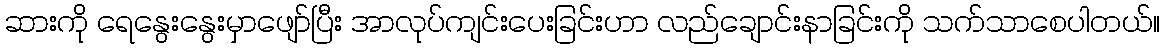
ဆားကို ရေနွေးနွေးမှာဖျော်ပြီး အာလုပ်ကျင်းပေးခြင်းဟာ လည်ချောင်းနာခြင်းကို သက်သာစေပါတယ်။